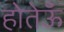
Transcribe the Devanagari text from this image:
होतेऊँ